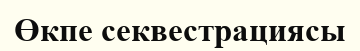
Өкпе секвестрациясы